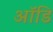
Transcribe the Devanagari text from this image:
ऑडि